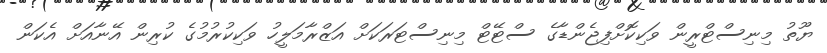
ޔޫތު މިނިސްޓްރީން ވަކިކޮށްފިޖެންޑާގެ ސްޓޭޓް މިނިސްޓަރަކަށް އަޒްރާމަލީހު ވަކިކުރުމުގެ ކުރިން އޭނާއަށް އެކަން